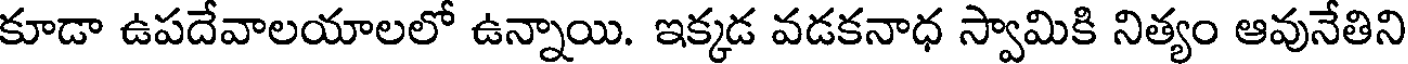
కూడా ఉపదేవాలయాలలో ఉన్నాయి. ఇక్కడ వడకనాధ స్వామికి నిత్యం ఆవునేతిని